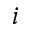
i